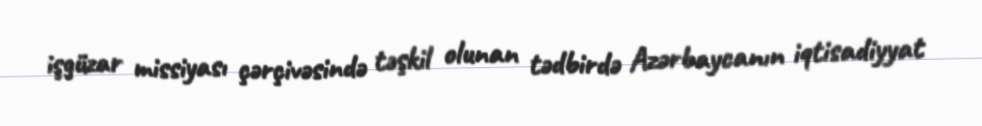
işgüzar missiyası çərçivəsində təşkil olunan tədbirdə Azərbaycanın iqtisadiyyat